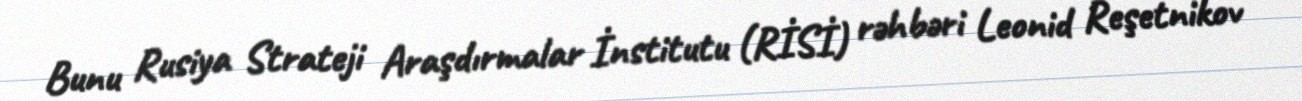
Bunu Rusiya Strateji Araşdırmalar İnstitutu (RİSİ) rəhbəri Leonid Reşetnikov